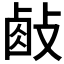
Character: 𢾃